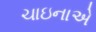
ચાઇનાએ